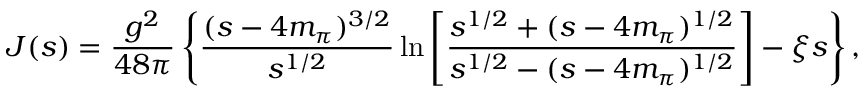
J ( s ) = \frac { g ^ { 2 } } { 4 8 \pi } \left\{ \frac { ( s - 4 m _ { \pi } ) ^ { 3 / 2 } } { s ^ { 1 / 2 } } \ln \left[ \frac { s ^ { 1 / 2 } + ( s - 4 m _ { \pi } ) ^ { 1 / 2 } } { s ^ { 1 / 2 } - ( s - 4 m _ { \pi } ) ^ { 1 / 2 } } \right] - \xi s \right\} ,